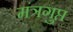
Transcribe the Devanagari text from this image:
मंत्रगुप्त